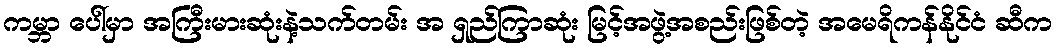
ကမ္ဘာ ပေါ်မှာ အကြီးမားဆုံးနဲ့သက်တမ်း အ ရှည်ကြာဆုံး မြင့်အဖွဲ့အစည်းဖြစ်တဲ့ အမေရိကန်နိုင်ငံ ဆီက